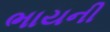
ભાયની